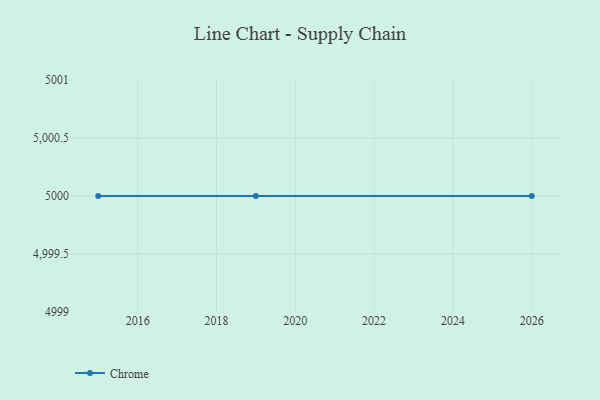
{"axis": {"x": "Year", "y": "Market Share (%)"}, "legend": ["Chrome"], "data": [{"x": "2026", "y": 5000, "type": "Chrome"}, {"x": "2019", "y": 5000, "type": "Chrome"}, {"x": "2015", "y": 5000, "type": "Chrome"}]}